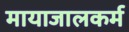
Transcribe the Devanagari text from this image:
मायाजालकर्म